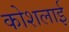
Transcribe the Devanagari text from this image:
कोशलाई